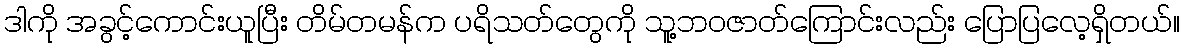
ဒါကို အခွင့်ကောင်းယူပြီး တိမ်တမန်က ပရိသတ်တွေကို သူ့ဘဝဇာတ်ကြောင်းလည်း ပြောပြလေ့ရှိတယ်။